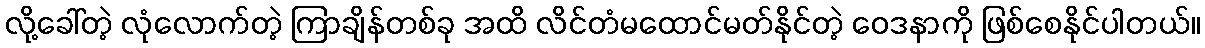
လို့ခေါ်တဲ့ လုံလောက်တဲ့ ကြာချိန်တစ်ခု အထိ လိင်တံမထောင်မတ်နိုင်တဲ့ ဝေဒနာကို ဖြစ်စေနိုင်ပါတယ်။